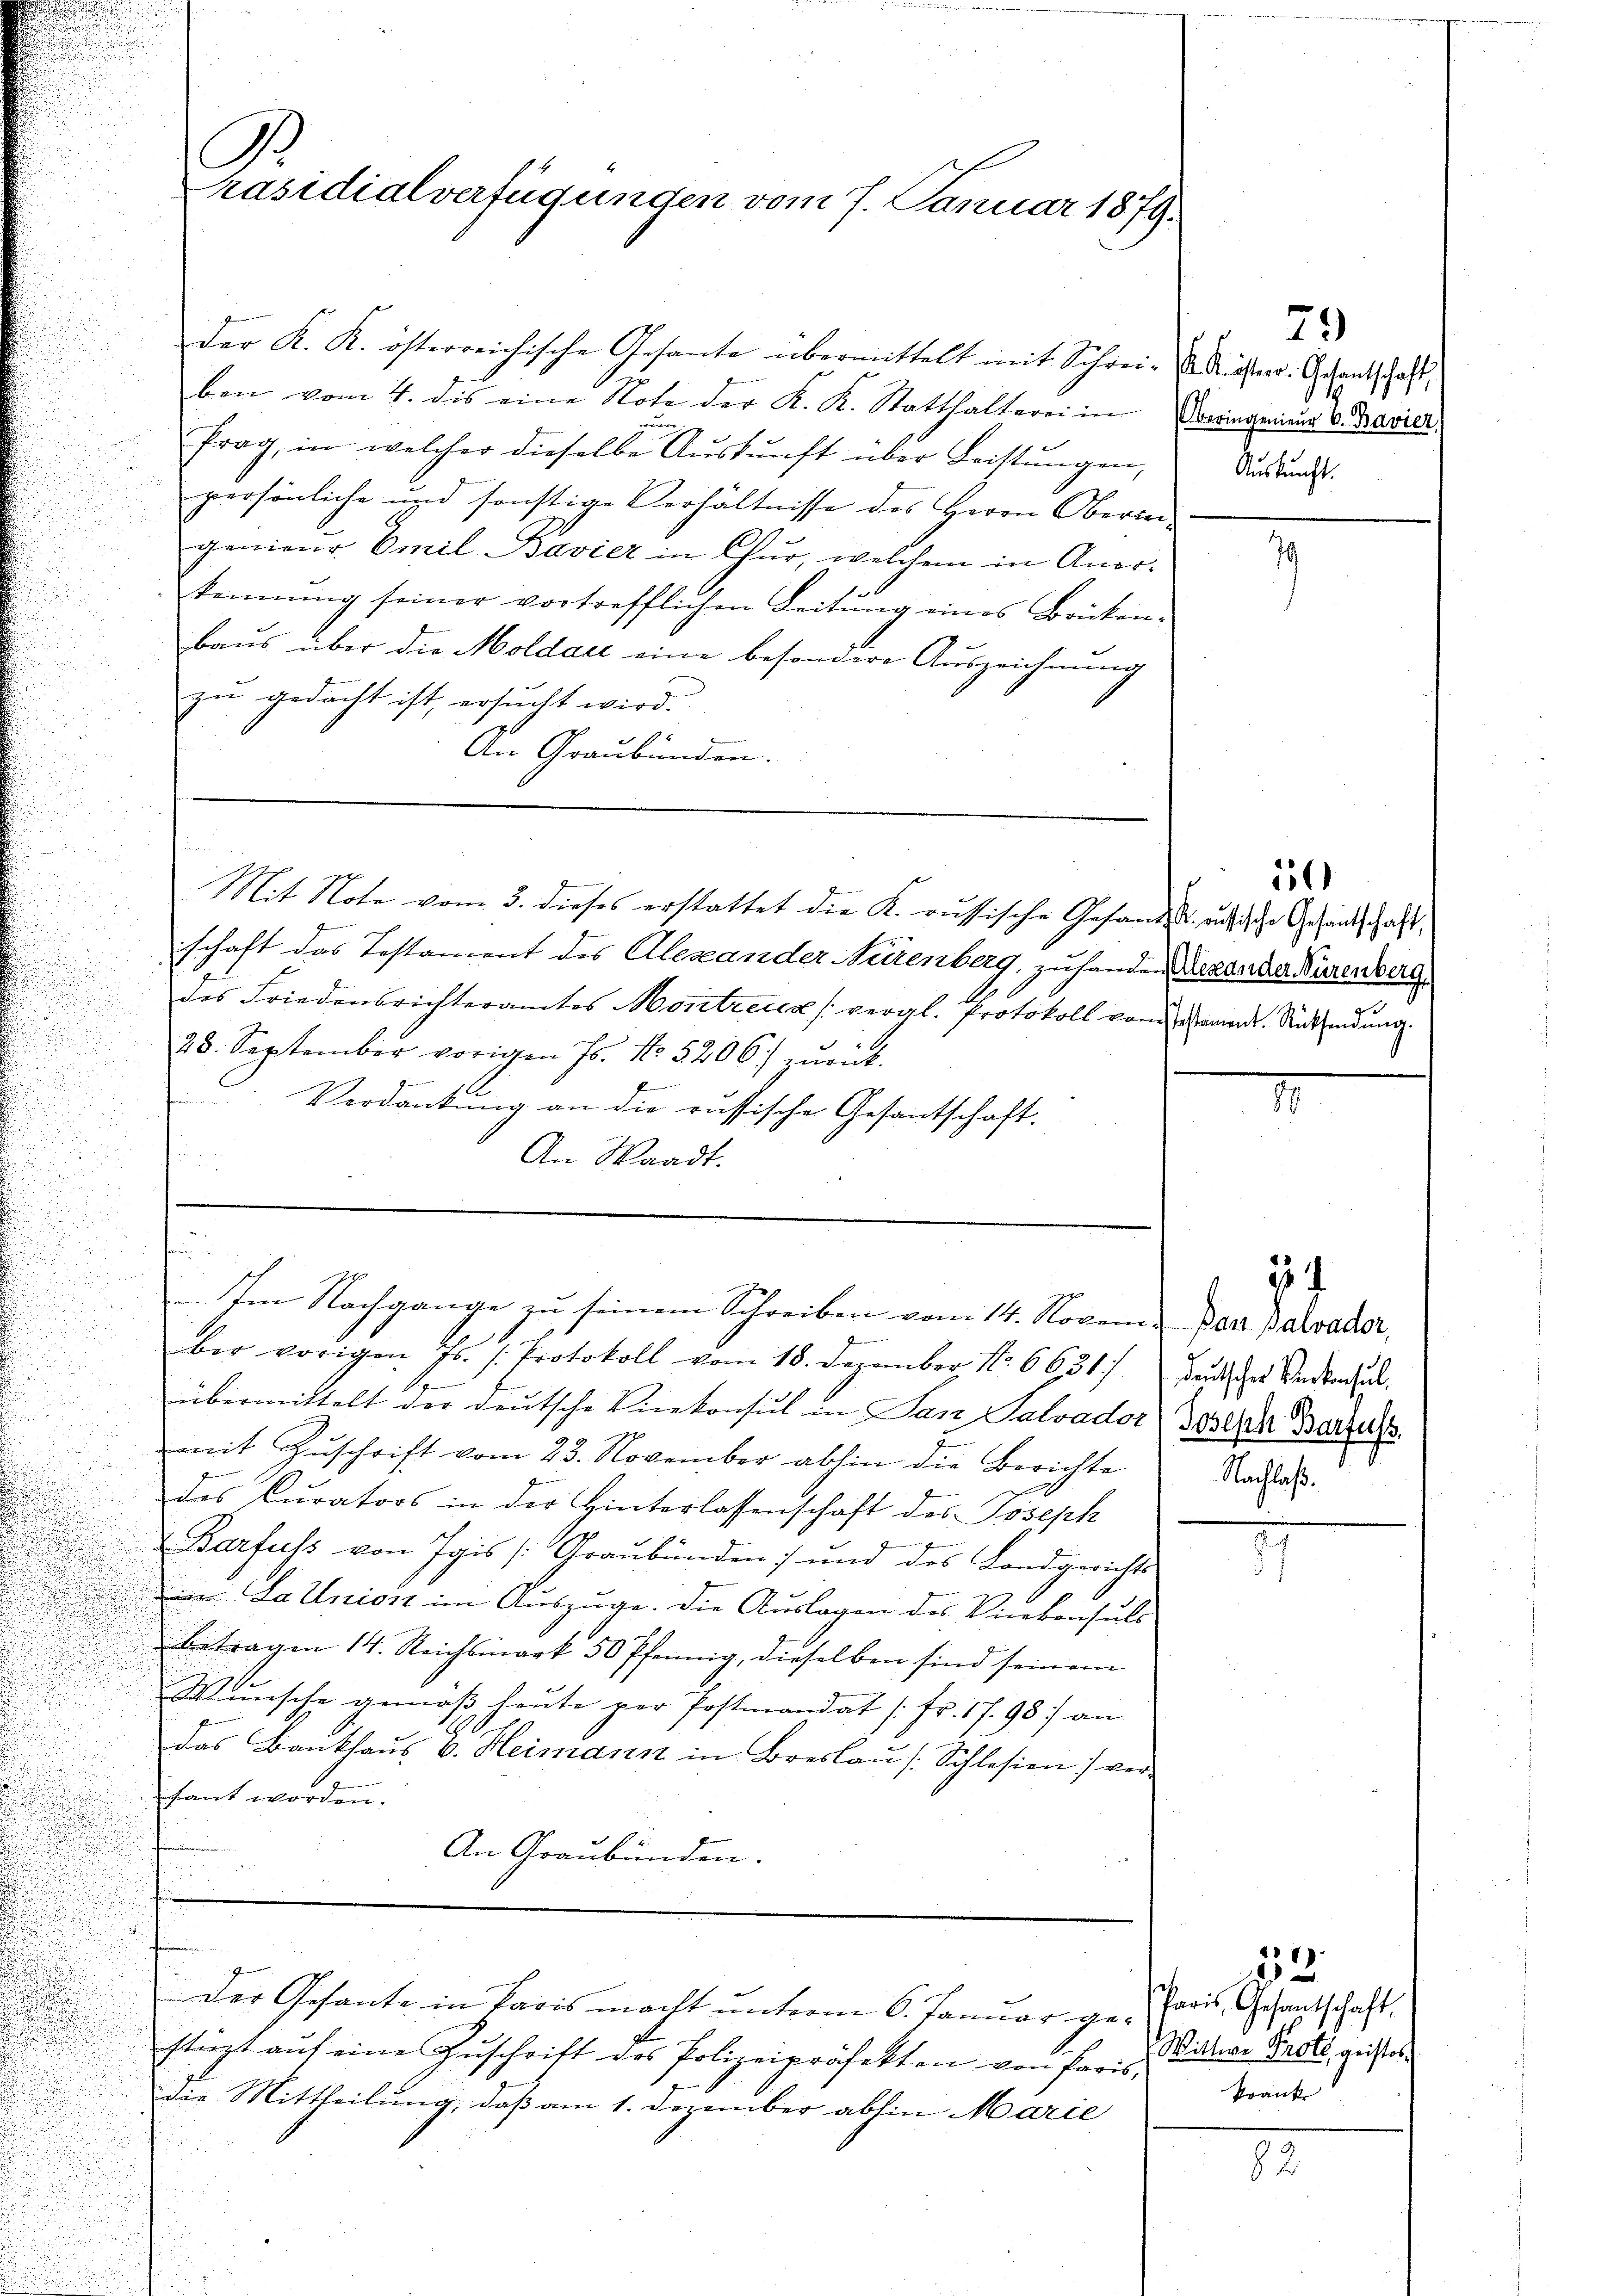
d
.

räsidialverfügungen vom 7. Januar 1879.

der K. K. österreichische Gesante übermittelt mit Schrei- u. Kisterr. Schantschaft,
ben vom 4. dis eine Note der K. K. Statthalterei in Vorringenieur v. Bavier,
frag, in welcher dieselbe Aŭskŭnft über Leistŭngen,
persönliche und sonstige Verhältnisse des Herrn Oberwei-
genieŭr Emil Bavier in Chur, welchem in Aner-
kennung seiner vortrefflichen Leitŭng eines Brücken.
baus über die Moldau eine besondere Auszeichnung
zu gedacht ist, ersucht wird.
An Graubünden.

n
Im Nachgange zu seinem Schreiben vom 14. Novem. Der Baader,

Mit Note vom 3. dieses erstattet die K. russische Gesandterische Gesandt haft,

schaft das Testament des Alexander Nürenberg, zu handen Laxande Burenberg
des Friedensrichteramtes Montrecca (vergl. Protokoll von amers. Rücksendung
28. September vorigen Js. No. 5206) zŭrück.
f
A
s
Verdankung an die russische Gesantschaft.
An Waadt.

.
d
mit Zŭschrift vom 23. November abhin die Berichte
des Curators in der Hinterlassenschaft des Joseph
Barfuss von Igis (Graubünden :/ und des Landgerichts
ion. La Union im Auszuge. Die Auslagen des Vicekonsuls
betragen 14. Reichsmark 50 Pfennig, dieselben sind seinem
Wunsche gemäß heute per Postmandat [Fr. 1795) an
das Bankhaus 6. Heimann in Breslau [Schlesien) verhant worden.
An Graubünden.
Der Gesante in Paris macht unterm 6. Januar ge-Paris, Gesantschaft
stüzt aŭf eine Zŭschrift des Polizeipräfekten von Paris, Sidler Brots geister
die Mittheilung, daß am 1. Dezember abhin Marie

2
ber vorigen Js. s. Protokoll vom 18. Dezember No 6631). Betscher Bedenfal
übermittelt der deutsche Einkonsul in San Salvador Josepha Barte

73
Auskunft.

11

34

Nachlaß.

52
krank